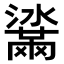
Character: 𤂒